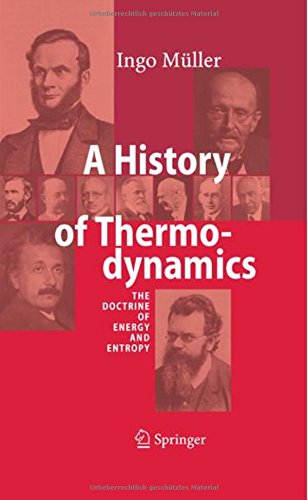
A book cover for A History of Thermodynamics: The Doctrine of Energy and Entropy; Ingo MÃ¼ller; Science & Math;